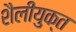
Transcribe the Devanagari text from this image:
शैलीयुक्त